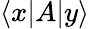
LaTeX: \langle x|A|y\rangle